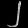
Digit: ၂